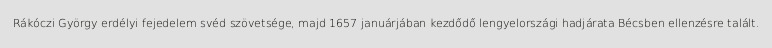
Rákóczi György erdélyi fejedelem svéd szövetsége, majd 1657 januárjában kezdődő lengyelországi hadjárata Bécsben ellenzésre talált.